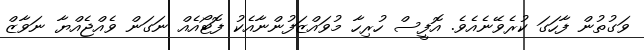
ވަގުތުން ފާހަގަ ކުރެވޭނެއެވެ. އޮފީސް ހުރިހާ މުވައްޒަފުންނާއެކު ފޮޓޯއެއް ނަގަން ވެއްޖެއްޔާ ނަވާޒް